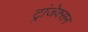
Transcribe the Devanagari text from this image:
ट्रांजेक्सन